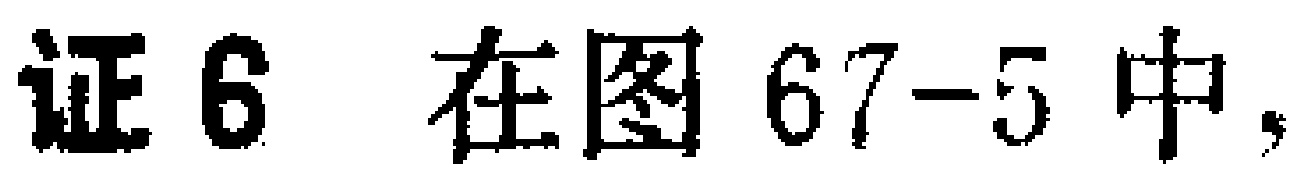
证6 在图67-5中，